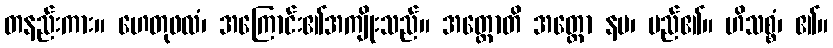
တနည်းကား။ ဟေတုဖလံ၊ အကြောင်း၏အကျိုးသည်။ အတ္ထောတိ အတ္ထော နမ၊ မည်၏။ ဟိသစ္စံ၊ ၏။